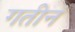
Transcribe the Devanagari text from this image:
गतीनं